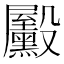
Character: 𪵓